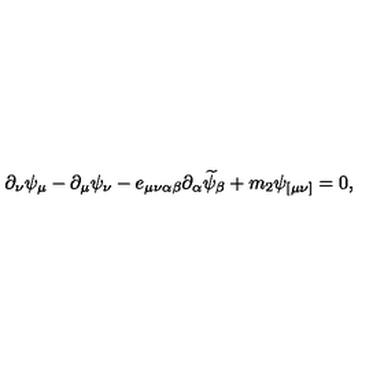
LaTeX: \partial _ { \nu } \psi _ { \mu } - \partial _ { \mu } \psi _ { \nu } - e _ { \mu \nu \alpha \beta } \partial _ { \alpha } \widetilde { \psi } _ { \beta } + m _ { 2 } \psi _ { [ \mu \nu ] } = 0 ,